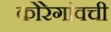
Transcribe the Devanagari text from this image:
कोरेगांवची